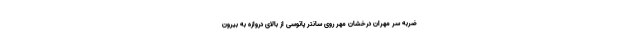
ضربه سر مهران درخشان مهر روی سانتر پاتوسی از بالای دروازه به بیرون